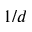
1 / d